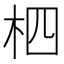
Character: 柶